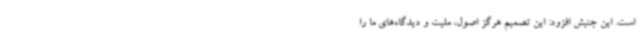
است. این جنبش افزود: این تصمیم هرگز اصول،‌ ملیت و دیدگاه‌های ما را